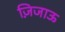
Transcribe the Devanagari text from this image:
ज़िजाऊ